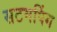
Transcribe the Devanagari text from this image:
सटमपिंग